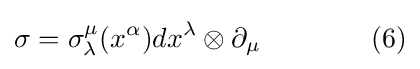
\sigma =\sigma _{\lambda }^{\mu }(x^{\alpha })dx^{\lambda }\otimes \partial _{\mu }\qquad \qquad (6)